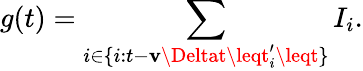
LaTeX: g(t)=\sum_{i\in\{ i:t-\mathbf{v}\Deltat\leqt_{i}^{\prime}\leqt\} }I_{i}.